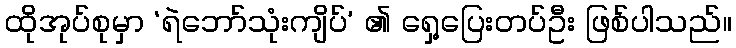
ထိုအုပ်စုမှာ ‘ရဲဘော်သုံးကျိပ်’ ၏ ရှေ့ပြေးတပ်ဦး ဖြစ်ပါသည်။